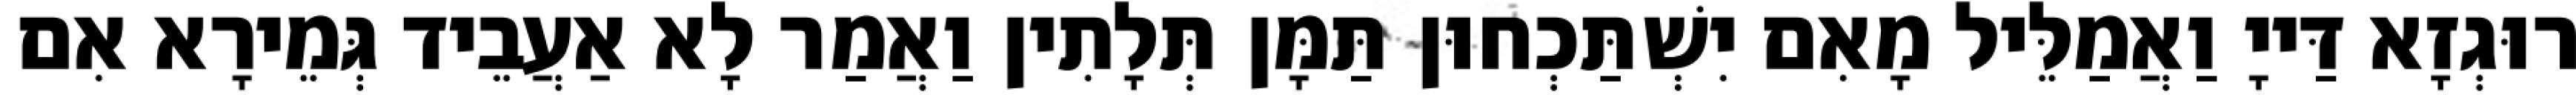
רוּגְזָא דַּייָ וַאֲמַלֵּיל מָאִם יִשְׁתַּכְחוּן תַּמָּן תְּלָתִין וַאֲמַר לָא אַעֲבֵיד גְּמֵירָא אִם